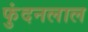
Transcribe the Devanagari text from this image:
फुंदनलाल